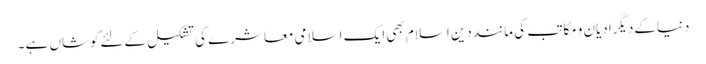
دنیاکےدیگرادیان ومکاتب کی ماننددینِ اسلام بھی ایک اسلامی معاشرے کی تشکیل کےلئےکوشاں ہے۔